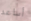
أساعد